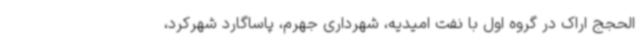
الحجج اراک در گروه اول با نفت امیدیه، شهرداری جهرم، پاساگارد شهرکرد،